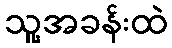
သူ့အခန်းထဲ